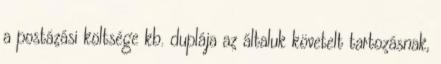
a postázási költsége kb. duplája az általuk követelt tartozásnak,